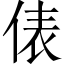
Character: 俵